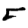
Digit: 5